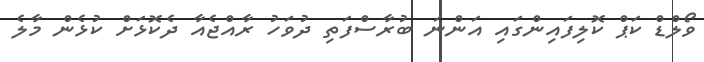
ވޯލްޑް ކަޕް ކޮލިފައިންގައި އަންނަ ބުރާސްފަތި ދުވަހު ރާއްޖެއާ ދެކޮޅަށް ކުޅެން މާލެ